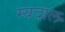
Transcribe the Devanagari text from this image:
म्यदाल